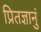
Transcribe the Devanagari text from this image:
प्रितज्ञानुं